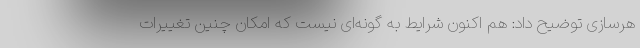
هرسازی توضیح داد: هم اکنون شرایط به گونه‌ای نیست که امکان چنین تغییرات